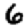
Digit: 6